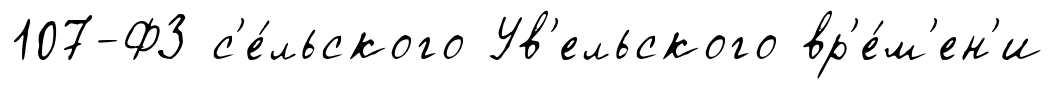
107-ФЗ с'е́льского Ув'ельского вр'е́м'ен'и